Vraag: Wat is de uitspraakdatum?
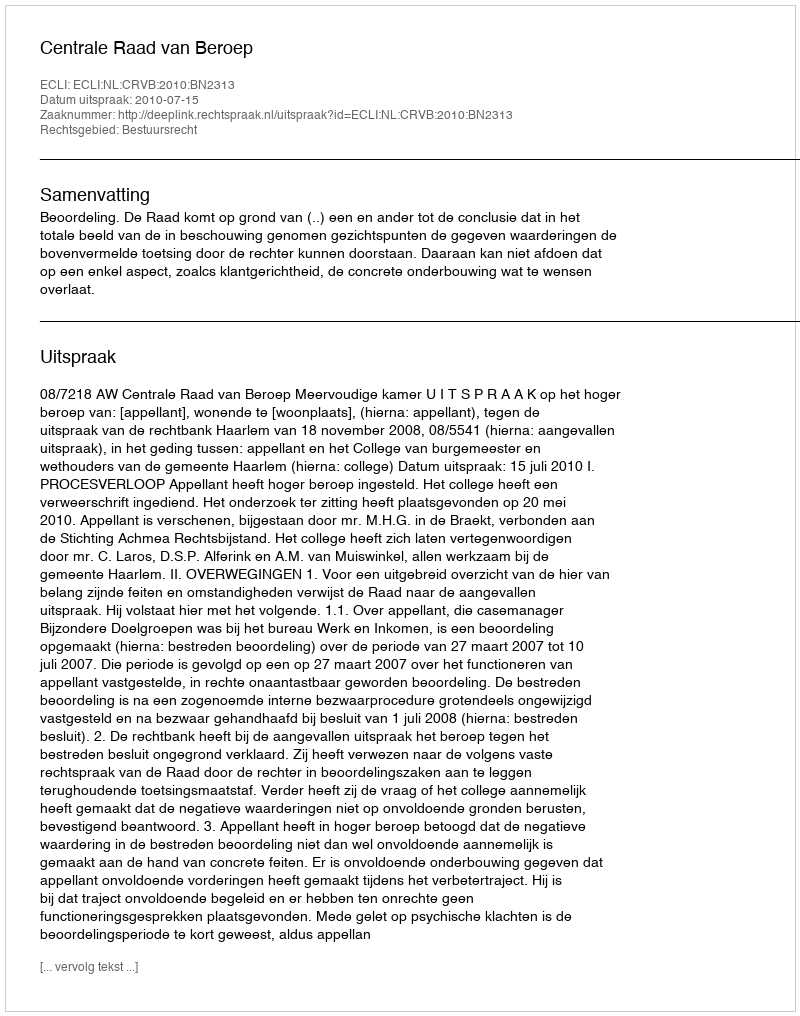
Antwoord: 2010-07-15